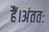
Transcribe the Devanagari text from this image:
हैं।अंततः